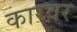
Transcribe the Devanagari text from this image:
कारवर